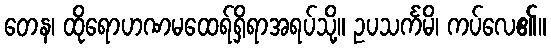
တေန၊ ထိုရောဟဏမထေရ်ရှိရာအရပ်သို့။ ဥပသင်္ကမိ၊ ကပ်လေ၏။